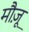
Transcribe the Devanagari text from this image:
मौज़ू